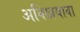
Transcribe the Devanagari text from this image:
अक्खियावा